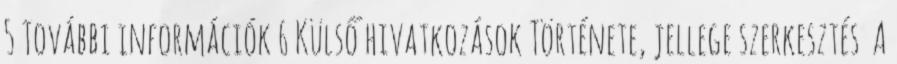
5 További információk 6 Külső hivatkozások Története, jellege szerkesztés A